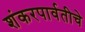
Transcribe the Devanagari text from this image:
शंकरपार्वतीचे